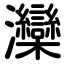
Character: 灤